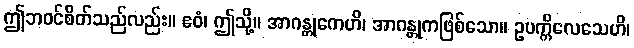
ဤဘဝင်စိတ်သည်လည်း။ ဧဝံ၊ ဤသို့။ အာဂန္တုကေဟိ၊ အာဂန္တုကဖြစ်သော။ ဥပက္ကိလေသေဟိ၊